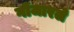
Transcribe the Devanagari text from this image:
गोंजारले